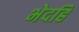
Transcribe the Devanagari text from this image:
भेदहि